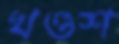
খণ্ডশ